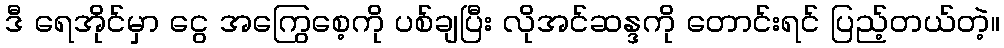
ဒီ ရေအိုင်မှာ ငွေ အကြွေစေ့ကို ပစ်ချပြီး လိုအင်ဆန္ဒကို တောင်းရင် ပြည့်တယ်တဲ့။